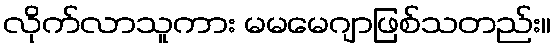
လိုက်လာသူကား မမမေဂျာဖြစ်သတည်း။